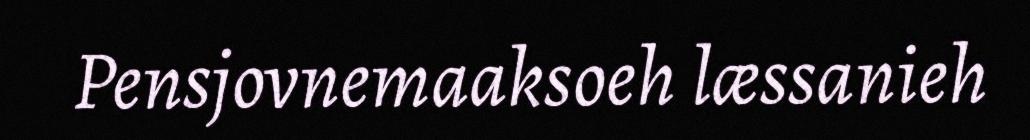
Pensjovnemaaksoeh læssanieh